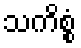
သကိစ္စံ